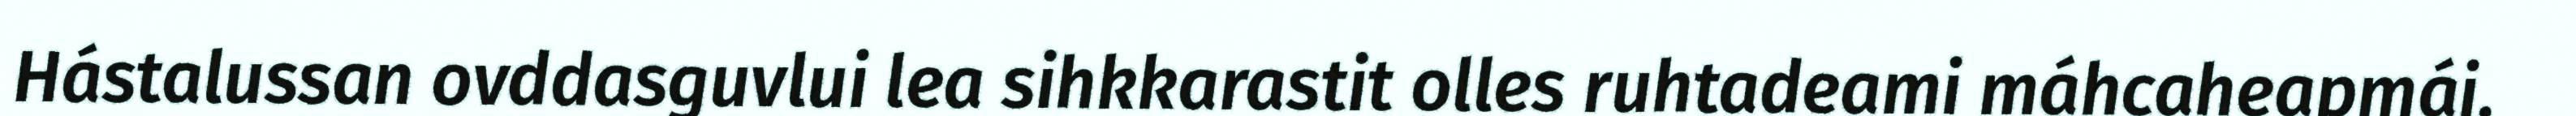
Hástalussan ovddasguvlui lea sihkkarastit olles ruhtadeami máhcaheapmái.